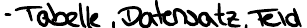
- Tabelle, Datensatz, Feld